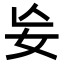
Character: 𡚶